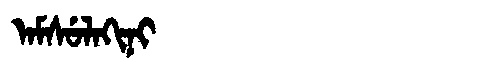
Manchu: ᠠᠮᠰᡠᠯᠠᡴᡳᠨᡳ
Romanization: AMSULAKINI